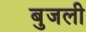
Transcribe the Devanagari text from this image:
बुजली